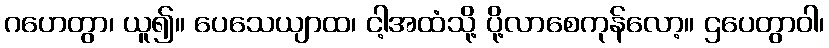
ဂဟေတွာ၊ ယူ၍။ ပေသေယျာထ၊ ငါ့အထံသို့ ပို့လာစေကုန်လော့။ ဌပေတွာဝါ၊